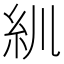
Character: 𥾖